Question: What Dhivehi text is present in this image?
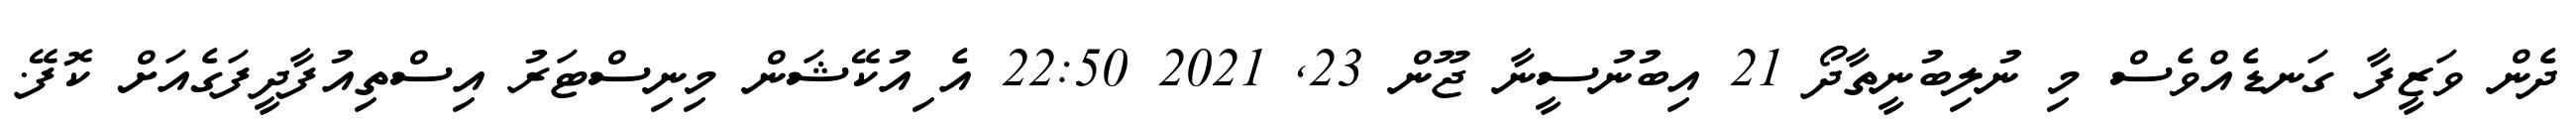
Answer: ދެން ވަޒީފާ ގަނޑެއްވެސް މި ނުލިބުނީތާދޯ 21 އިބުނުސީނާ ޖޫން 23, 2021 22:50 އެޱިއުކޭޝަން މިނިސްޓަރު އިސްތިއުފާދީފަގެއަށް ކޮފޭ.